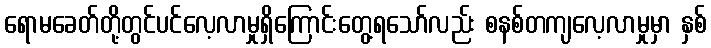
ရောမခေတ်တို့တွင်ပင်လေ့လာမှုရှိကြောင်းတွေ့ရသော်လည်း စနစ်တကျလေ့လာမှုမှာ နှစ်